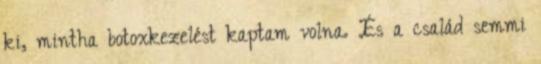
ki, mintha botoxkezelést kaptam volna. És a család semmi